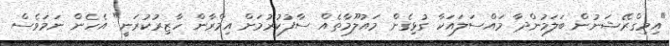
"އިމިގްރޭޝަނުން ބަލަމުންދާ މައްސަލައަކާ ގުޅިގެން މައުލޫމާތެއް ސާފުކުރުމަށް އިމްރާން ހާޒިރުކުރަނީ" އެހެން ނަމަވެސް